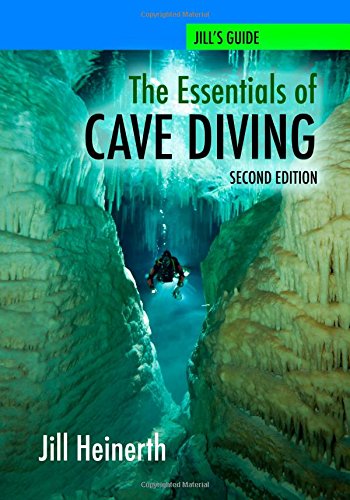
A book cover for NEW! The Essentials of Cave Diving - Second Edition Updated with latest techniques, equipment and practices for Scuba Diving in Caves and Caverns using open circuit, side mount and rebreathers.; Jill Heinerth; Sports & Outdoors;